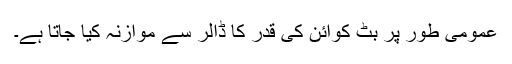
عمومی طور پر بٹ کوائن کی قدر کا ڈالر سے موازنہ کیا جاتا ہے۔